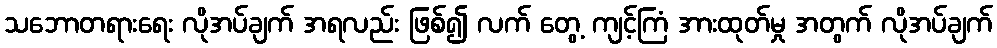
သဘောတရားရေး လိုအပ်ချက် အရလည်း ဖြစ်၍ လက် တွေ့ ကျင့်ကြံ အားထုတ်မှု အတွက် လိုအပ်ချက်